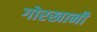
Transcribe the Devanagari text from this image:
गोरखानी